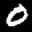
Label: 0